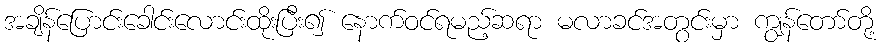
အချိန်ပြောင်းခေါင်းလောင်းထိုးပြီး၍ နောက်ဝင်ရမည့်ဆရာ မလာခင်အတွင်းမှာ ကျွန်တော်တို့